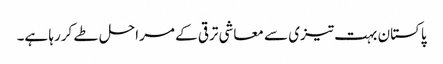
پاکستان بہت تیزی سے معاشی ترقی کے مراحل طے کررہا ہے۔